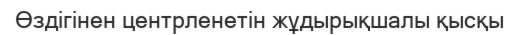
Өздігінен центрленетін жұдырықшалы қысқы